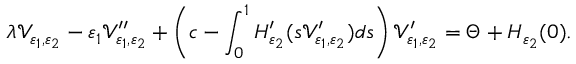
\lambda { \mathcal V } _ { { \varepsilon } _ { 1 } , { \varepsilon } _ { 2 } } - { \varepsilon } _ { 1 } { \mathcal V } _ { { \varepsilon } _ { 1 } , { \varepsilon } _ { 2 } } ^ { \prime \prime } + \left( c - \int _ { 0 } ^ { 1 } H _ { { \varepsilon } _ { 2 } } ^ { \prime } ( s { \mathcal V } _ { { \varepsilon } _ { 1 } , { \varepsilon } _ { 2 } } ^ { \prime } ) d s \right) { \mathcal V } _ { { \varepsilon } _ { 1 } , { \varepsilon } _ { 2 } } ^ { \prime } = { \Theta } + H _ { { \varepsilon } _ { 2 } } ( 0 ) .